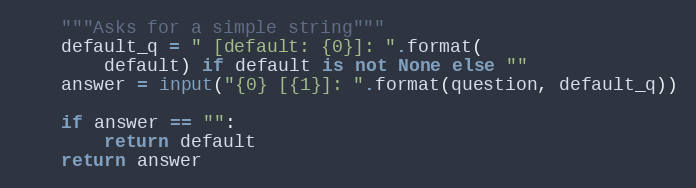
Language: Python
    """Asks for a simple string"""
    default_q = " [default: {0}]: ".format(
        default) if default is not None else ""
    answer = input("{0} [{1}]: ".format(question, default_q))

    if answer == "":
        return default
    return answer